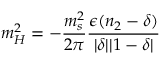
m _ { H } ^ { 2 } = - \frac { m _ { s } ^ { 2 } } { 2 \pi } \frac { \epsilon ( n _ { 2 } - \delta ) } { | \delta | | 1 - \delta | }